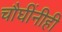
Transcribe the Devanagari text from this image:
चौघींनीही